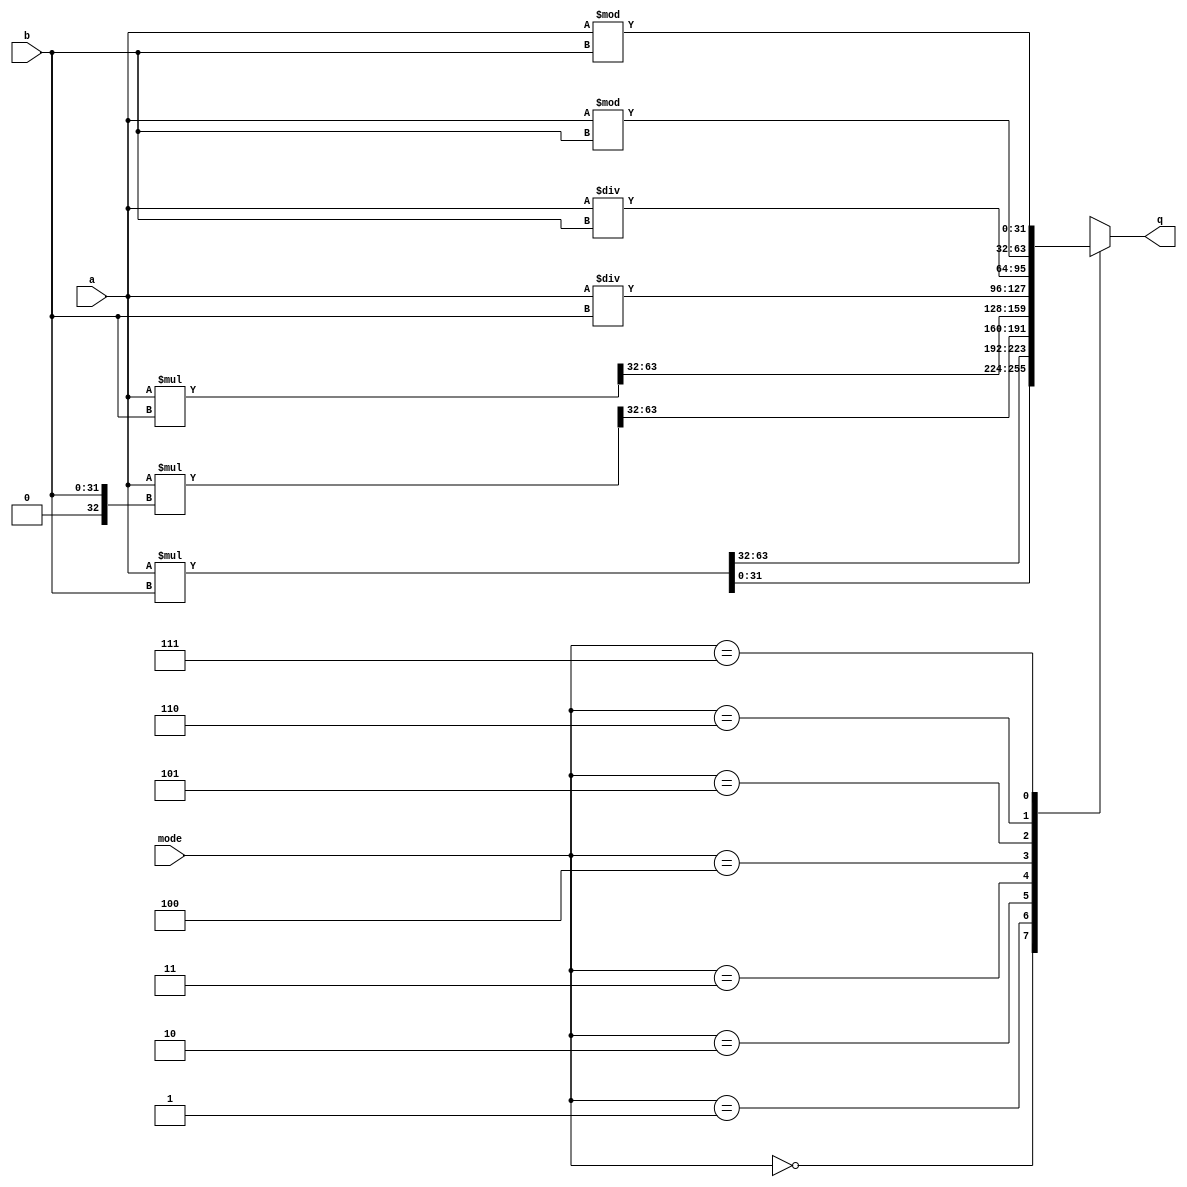
module muldiv (
    input wire [31:0] a, b,
    output reg [31:0] q,
    input wire [2:0] mode
);

    reg [63:0] fullq;

    always @(*) begin
        case (mode)
            3'b000: begin
                fullq = $signed(a) * $signed(b);
                q = fullq[31:0];
            end 
            3'b001: begin
                fullq = $signed(a) * $signed(b);
                q = fullq[63:32];
            end
            3'b010: begin
                fullq = $signed(a) * $signed({1'b0, b});
                q = fullq[63:32];
            end
            3'b011: begin
                fullq = a * b;
                q = fullq[63:32];
            end
            3'b100: begin
                q <= $signed(a) / $signed(b);
            end
            3'b101: begin
                q <= a / b;
            end
            3'b110: begin 
                q <= $signed(a) % $signed(b);
            end
            3'b111: begin
                q <= a % b;
            end
        endcase
    end
    
endmodule